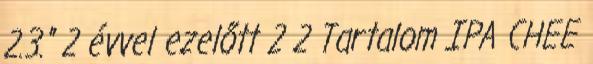
2.3." 2 évvel ezelőtt 2 2 Tartalom IPA CHEE